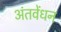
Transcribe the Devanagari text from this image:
अंतवेंधन